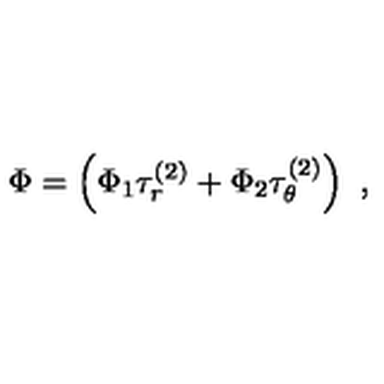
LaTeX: \Phi = \left( \Phi _ { 1 } \tau _ { r } ^ { ( 2 ) } + \Phi _ { 2 } \tau _ { \theta } ^ { ( 2 ) } \right) \ ,